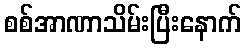
စစ်အာဏာသိမ်းပြီးနောက်